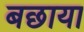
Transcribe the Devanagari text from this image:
बछाया